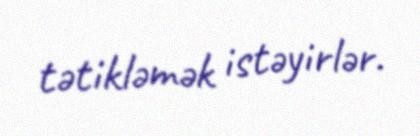
tətikləmək istəyirlər.